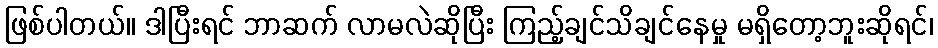
ဖြစ်ပါတယ်။ ဒါပြီးရင် ဘာဆက် လာမလဲဆိုပြီး ကြည့်ချင်သိချင်နေမှု မရှိတော့ဘူးဆိုရင်၊